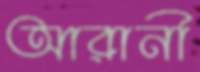
আরানী